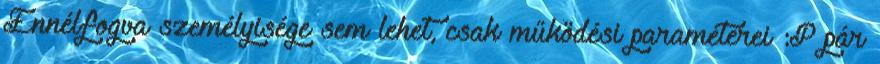
Ennélfogva személyisége sem lehet, csak működési paraméterei :P pár